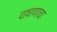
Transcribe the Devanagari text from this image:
पाषाणाचा